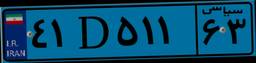
۴۱D۵۱۱۶۳